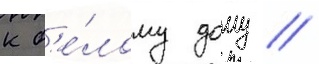
к б'е́лому дому /